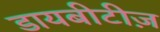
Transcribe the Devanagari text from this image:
डायबीटीज़